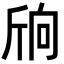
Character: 𣂝